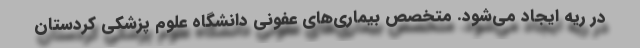
در ریه ایجاد می‌شود. متخصص بیماری‌های عفونی دانشگاه علوم پزشکی کردستان